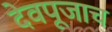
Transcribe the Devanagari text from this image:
देवपूजाच